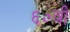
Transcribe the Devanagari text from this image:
६०वी